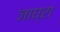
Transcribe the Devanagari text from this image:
जाघ्रा